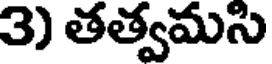
3) తత్వమసి